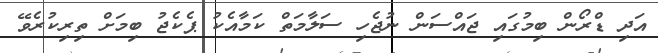
އަދި ޑްރޯން ބިމުގައި ޖައްސަން ނުޖެހި ސަލާމަތް ކަމާއެކު ޕެކެޖު ބިމަށް ތިރިކުރެވޭ